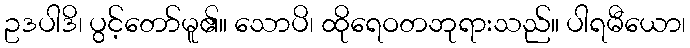
ဥဒပါဒိ၊ ပွင့်တော်မူ၏။ သောပိ၊ ထိုရေဝတဘုရားသည်။ ပါရမီယော၊